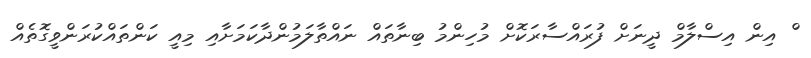
ް އިން އިސްލާމް ދީނަށް ފުރައްސާރަކޮށް މުހިންމު ބިނާތައް ނައްތާލަމުންދާކަމަށާއި މިއީ ކަންތައްކުރަންވީގޮތެއް